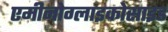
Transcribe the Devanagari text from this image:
एमीनोग्लाइकोसाइड